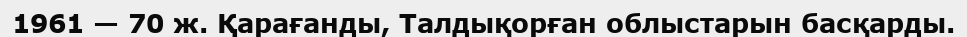
1961 — 70 ж. Қарағанды, Талдықорған облыстарын басқарды.